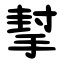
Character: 㨍